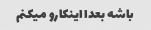
باشه بعدا اینکارو میکنم